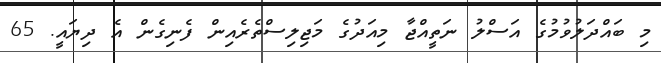
މި ބައްދަލުވުމުގެ އަސްލު ނަތީއްޖާ މިއަދުގެ މަޖިލިސްތެރެއިން ފެނިގެން އެ ދިޔައީ. 65